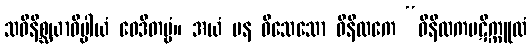
သဝိနိစ္ဆယာဓိပ္ပါယံ ဝေဒိတဗ္ဗံ။ အယံ ပန ဝိသေသော ဝိနီလကေ “ဝိနီလကပဋိက္ကူလံ